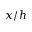
x / h